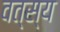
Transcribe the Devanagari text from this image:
वत्स्य